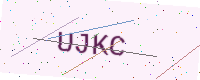
Text: UJKC